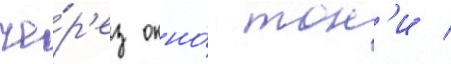
че́р'ез окно́ тон'и /